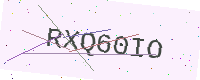
Text: RXQ60IO